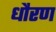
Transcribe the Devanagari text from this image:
धौरण